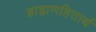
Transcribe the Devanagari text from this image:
ब्राह्मणहितार्थ